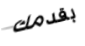
بقدمك